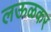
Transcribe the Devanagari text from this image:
लऊळकर